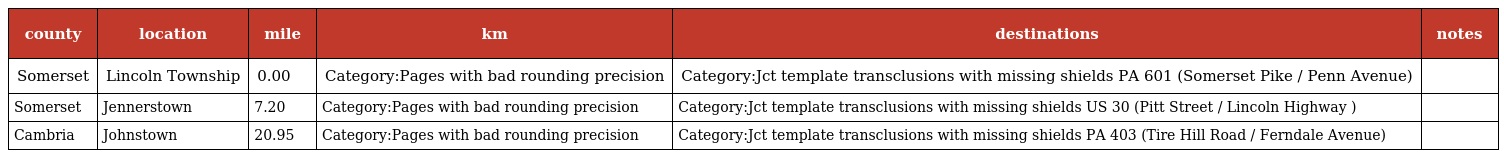
| county | location | mile | km | destinations | notes |
 | --- | --- | --- | --- | --- | --- |
 | Somerset | Lincoln Township | 0.00 | Category:Pages with bad rounding precision | Category:Jct template transclusions with missing shields PA 601 (Somerset Pike / Penn Avenue) |  |
 | Somerset | Jennerstown | 7.20 | Category:Pages with bad rounding precision | Category:Jct template transclusions with missing shields US 30 (Pitt Street / Lincoln Highway ) |  |
 | Cambria | Johnstown | 20.95 | Category:Pages with bad rounding precision | Category:Jct template transclusions with missing shields PA 403 (Tire Hill Road / Ferndale Avenue) |  |